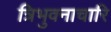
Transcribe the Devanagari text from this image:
त्रिभुवनाचारि